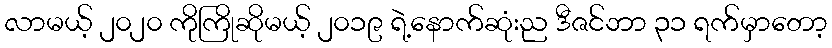
လာမယ့် ၂၀၂၀ ကိုကြိုဆိုမယ့် ၂၀၁၉ ရဲ့နောက်ဆုံးည ဒီဇင်ဘာ ၃၁ ရက်မှာတော့